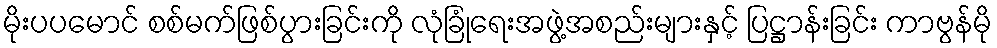
မိုးပပမောင် စစ်မက်ဖြစ်ပွားခြင်းကို လုံခြုံရေးအဖွဲ့အစည်းများနှင့် ပြဋ္ဌာန်းခြင်း ကာဗွန်မို